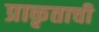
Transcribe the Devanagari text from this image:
प्राकृताची